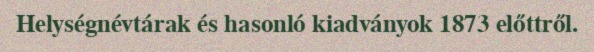
Helységnévtárak és hasonló kiadványok 1873 előttről.